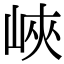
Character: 峽